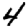
Digit: 4